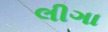
લીગા